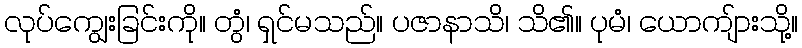
လုပ်ကျွေးခြင်းကို။ တွံ၊ ရှင်မသည်။ ပဇာနာသိ၊ သိ၏။ ပုမံ၊ ယောကျ်ားသို့။